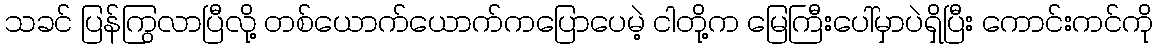
သခင် ပြန်ကြွလာပြီလို့ တစ်ယောက်ယောက်ကပြောပေမဲ့ ငါတို့က မြေကြီးပေါ်မှာပဲရှိပြီး ကောင်းကင်ကို